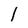
Character: 1